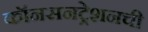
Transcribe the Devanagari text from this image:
कॉनसनट्रेशनची